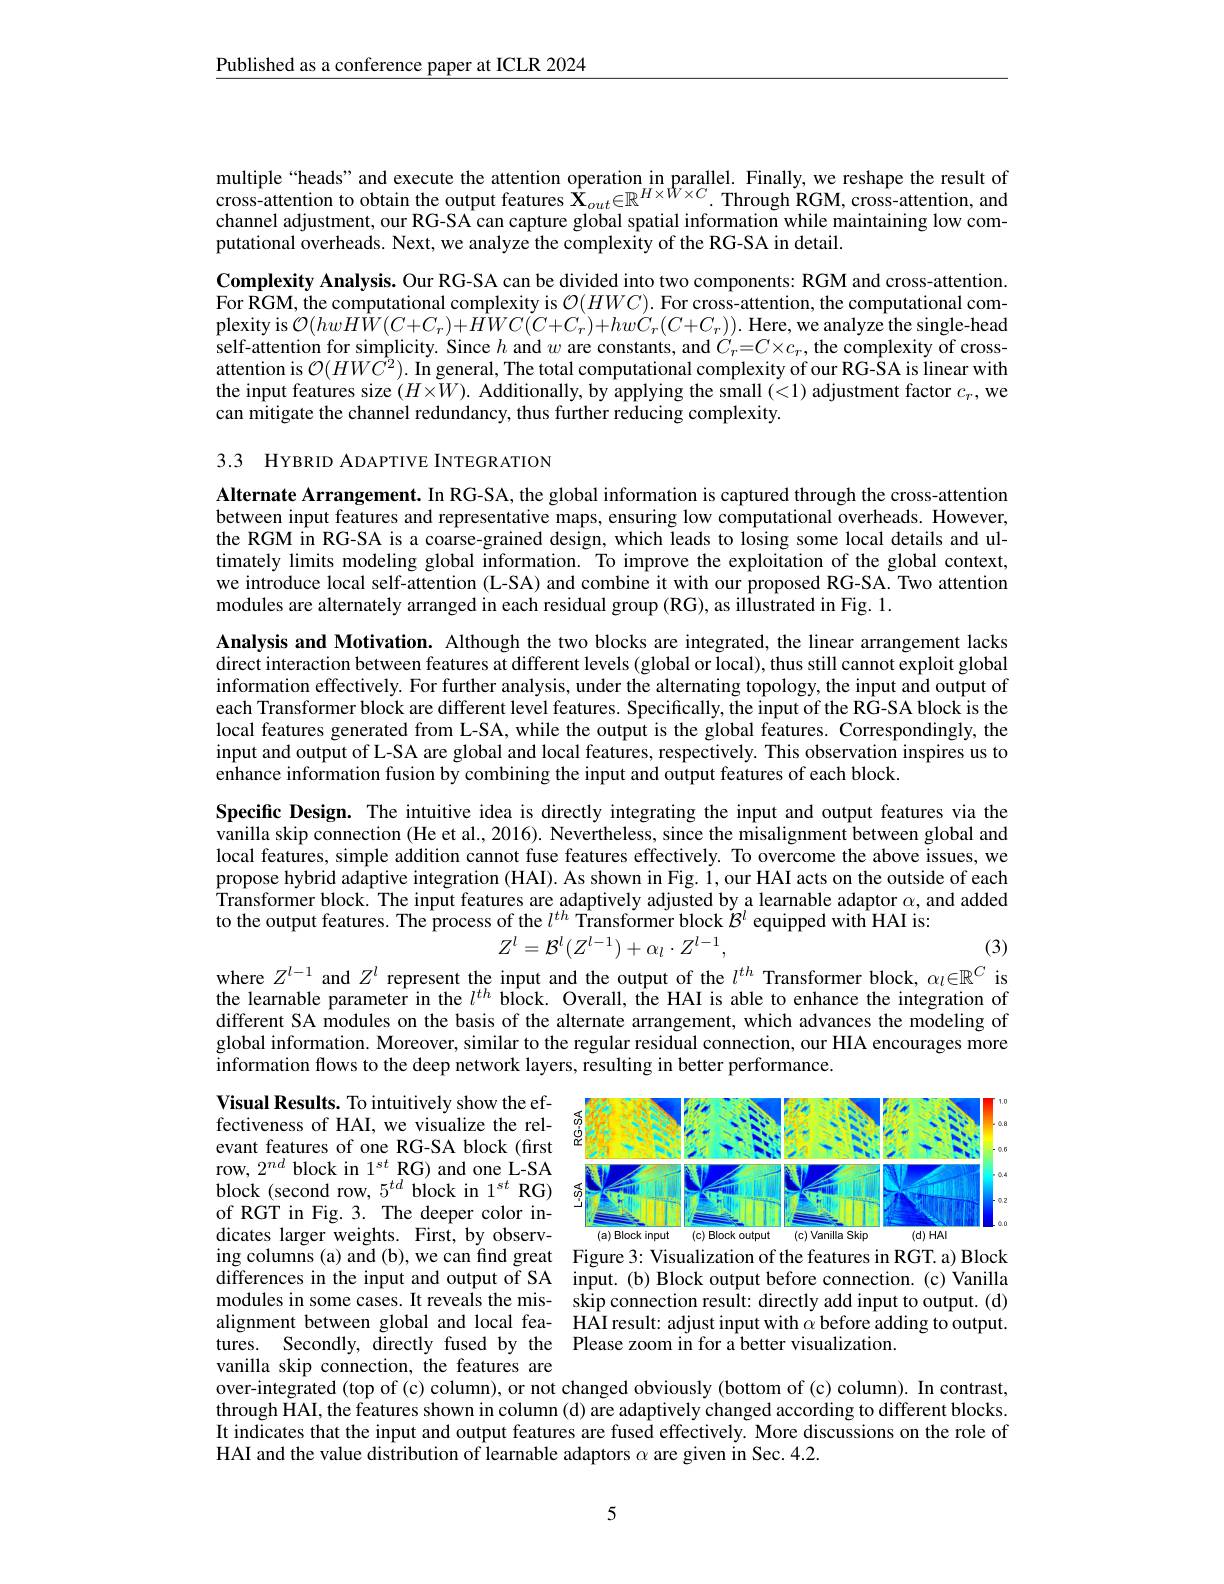
$\underline{\text{Published as a conference paper at ICLR 2024}}$

multiple“heads” and execute the attention operation in parallel. Finally, we reshape the result of cross-attention to obtain the output features $\mathbf{X}_{out}\in\mathbb{R}^{H\times W\times C}.$ Through RGM, cross-attention, and channel adjustment, our RG-SA can capture global spatial information while maintaining low computational overheads. Next, we analyze the complexity of the RG-SA in detail.

Complexity Analysis. Our RG-SA can be divided into two components: RGM and cross-attention. For RGM, the computational complexity is $\mathcal{O}(HWC).$ For cross-attention, the computational complexity is $\mathcal{O}(hwH\hat{W}(C+C_{r})+\hat{H}WC(C+C_{r})+hw\dot{C}_{r}(C+C_{r})).$ Here, we analyze the single-head self-attention for simplicity. Since $h$ and $w$ are constants, and $C_r=C\times c_r$, the complexity of crossattention is $\mathcal{O}(HW\hat{C}^{2}).$ In general, The total computational complexity of our RG- SA is linear with the input features size $(H\times W).$ Additionally, by applying the small (<1) adjustment factor $c_r$,we can mitigate the channel redundancy, thus further reducing complexity.

3.3 HYBRID ADAPTIVE INTEGR ATION

Alternate Arrangement. In RG-SA, the global information is captured through the cross-attention between input features and representative maps, ensuring low computational overheads. However, the RGM in RG-SA is a coarse-grained design, which leads to losing some local details and ultimately limits modeling global information. To improve the exploitation of the global context, we introduce local self-attention (L-SA) and combine it with our proposed RG-SA. Two attention modules are alternately arranged in each residual group (RG), as illustrated in Fig. 1.

Analysis and Motivation. Although the two blocks are integrated, the linear arrangement lacks direct interaction between features at different levels (global or local), thus still cannot exploit global information effectively. For further analysis, under the alternating topology, the input and output of each Transformer block are different level features. Specifically, the input of the RG-SA block is the local features generated from L-SA, while the output is the global features. Correspondingly, the input and output of L-SA are global and local features, respectively. This observation inspires us to enhance information fusion by combining the input and output features of each block.

Specific Design. The intuitive idea is directly integrating the input and output features via the vanilla skip connection (He et al., 2016). Nevertheless, since the misalignment between global and local features, simple addition cannot fuse features effectively. To overcome the above issues, we propose hybrid adaptive integration (HAI). As shown in Fig. $\dot{1}$,our HAI acts on the outside of each Transformer block. The input features are adaptively adjusted by a learnable adaptor $\alpha$, and added to the output features. The process of the $l^{th}$ Transformer block $\tilde{\mathcal{B}}^l$ equipped with HAI is:
$$Z^l=\mathcal{B}^l(Z^{l-1})+\alpha_l\cdot Z^{l-1},$$
(3)

where $Z^{l-1}$ and $Z^l$ represent the input and the output of the $l^{th}$ Transformer block, $\alpha_l\in\mathbb{R}^C$ is

the learnable parameter in the $l^{th}$ block. Overall, the HAI is able to enhance the integration of different SA modules on the basis of the alternate arrangement, which advances the modeling of global information. Moreover, similar to the regular residual connection, our HIA encourages more information flows to the deep network layers, resulting in better performance.

<FigureHere>
ing columns (a) and (b), we can find great Figure 3: Visualization of the features in RGT. a) Block

Visual Results. To intuitively show the effectiveness of HAI, we visualize the relevant features of one RG-SA block (first row, $2^{nd}$ block in 1$^{st}$ RG) and one L-SA block (second row, $5^{td}$ block in 1$^{st}$ RG) of RGT in Fig. 3. The deeper color indicates larger weights. First, by observdifferences in the input and output of SA input. (b) Block output before connection. (c) Vanilla modules in some cases. It reveals the mis- skip connection result: directly add input to output.(d) alignment between global and local fea- HAI result: adjust input with $\alpha$ before adding to output. tures. Secondly, directly fused by the Please zoom in for a better visualization.
vanilla skip connection, the features are
over-integrated (top of (c) column), or not changed obviously (bottom of (c) column). In contrast,

through HAI, the features shown in column (d) are adaptively changed according to different blocks. It indicates that the input and output features are fused effectively. More discussions on the role of HAI and the value distribution of learnable adaptors $\alpha$ are given in Sec.4.2.

5